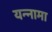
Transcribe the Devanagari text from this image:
यन्‍नामा